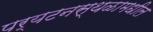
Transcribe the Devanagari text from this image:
पर्यटनस्थळामधील